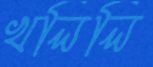
খলিলি